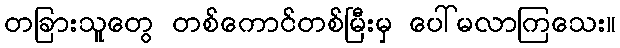
တခြားသူတွေ တစ်ကောင်တစ်မြီးမှ ပေါ်မလာကြသေး။